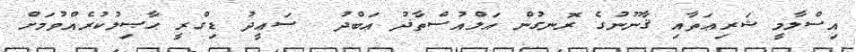
އިސްލާމީ ޝަރިޢަތާއި ޤާނޫނުގެ ރޮނގުން އަލްއުސްތާޛު ޢަބްދު  ސަޢީދު ޑިގްރީ ޙާޞިލުކުރެއްވުމަށް